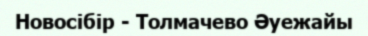
Новосібір - Толмачево Әуежайы